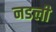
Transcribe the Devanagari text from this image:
नडली